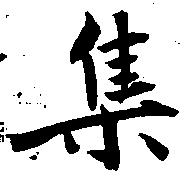
集